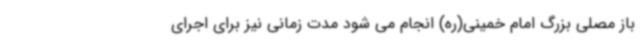
باز مصلی بزرگ امام خمینی(ره) انجام می شود مدت زمانی نیز برای اجرای